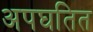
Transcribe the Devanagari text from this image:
अपघतित